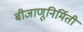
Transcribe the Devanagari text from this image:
बीजाणूनिर्मिती